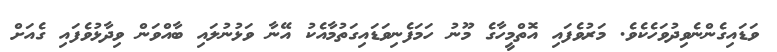
ވަޑައިގެންނެވިދުވަހެކެވެ. މަރުވެފައި އޮތްމީހާގެ މޫނު ހަމަފެނިވަޑައިގަތުމާއެކު އޭނާ ވަޅުނުލައި ބާއްވަން ވިދާޅުވެފައި ގެއަށް